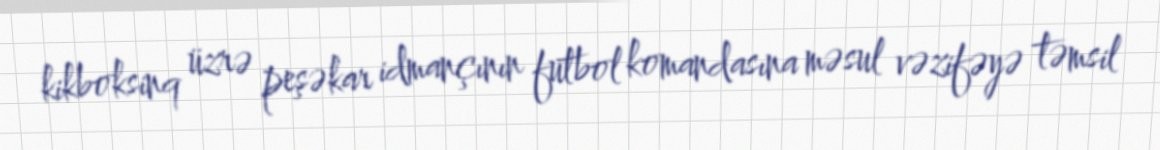
kikboksinq üzrə peşəkar idmançının futbol komandasına məsul vəzifəyə təmsil